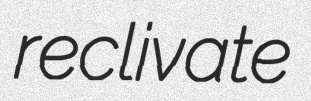
reclivate